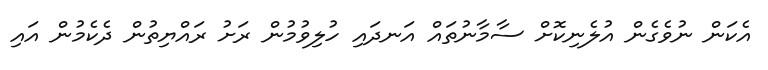
އެކަން ނުވެގެން އުލެނިކޮށް ސާމާނުތައް އަނދައި ހުލިވުމުން ރަށު ރައްޔިތުން ދެކެމުން އައި